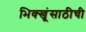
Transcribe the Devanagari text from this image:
भिक्खूंसाठीची